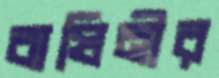
বাঘিনীর